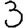
Digit: 3